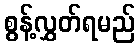
စွန့်လွှတ်ရမည်